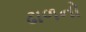
ઢાળનો